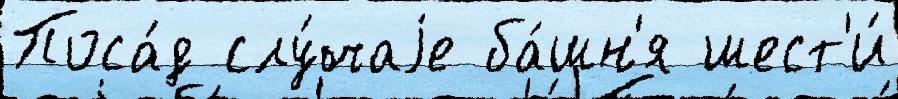
Поса́д слу́чаjе ба́шн'я шест'и́